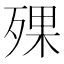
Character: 𣨪